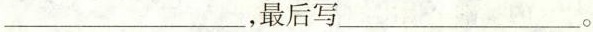
___，最后写___。